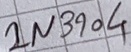
Text: 2N3904